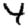
Digit: 4